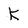
Character: K